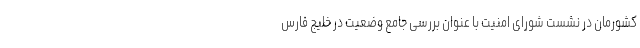
کشورمان در نشست شورای امنیت با عنوان بررسی جامع وضعیت در خلیج فارس